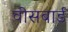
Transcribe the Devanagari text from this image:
वीसबार्ड